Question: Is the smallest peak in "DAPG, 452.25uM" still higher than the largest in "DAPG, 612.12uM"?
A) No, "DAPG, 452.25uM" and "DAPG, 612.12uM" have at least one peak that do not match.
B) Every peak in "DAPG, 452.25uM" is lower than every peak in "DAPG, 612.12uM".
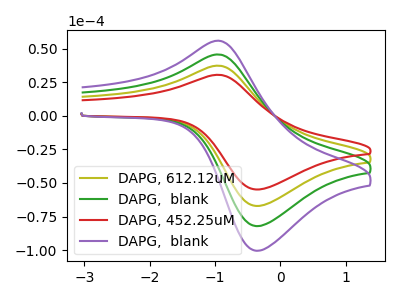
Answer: <think>The olive curve "DAPG, 612.12uM" has an anodic peak at (-0.95V, 37.30uA) and a cathodic peak at (-0.35V, -67.10uA). The green curve "DAPG,  blank" has an anodic peak at (-0.95V, 74.60uA) and a cathodic peak at (-0.35V, -134.20uA). The red curve "DAPG, 452.25uM" has an anodic peak at (-0.95V, 30.50uA) and a cathodic peak at (-0.35V, -54.85uA). The purple curve "DAPG,  blank" has an anodic peak at (-0.95V, 111.95uA) and a cathodic peak at (-0.35V, -201.35uA).</think>
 <answer>B) Every peak in "DAPG, 452.25uM" is lower than every peak in "DAPG, 612.12uM".</answer>
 <eval>B</eval>